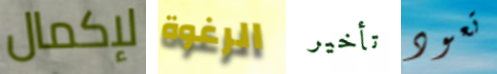
لإكمال الرغوة تأخير تعود